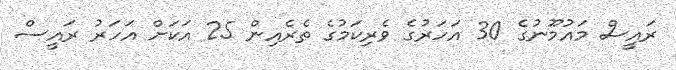
ރައީސް މައުމޫނުގެ 30 އަހަރުގެ ވެރިކަމުގެ ތެރެއިން 25 އަކަށް އަހަރު ރައީސް